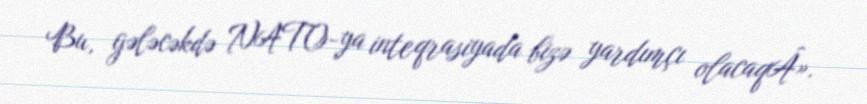
Bu, gələcəkdə NATO-ya inteqrasiyada bizə yardımçı olacaqÂ».